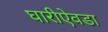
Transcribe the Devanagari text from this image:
घारीऐवडा